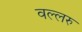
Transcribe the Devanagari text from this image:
वल्लरु